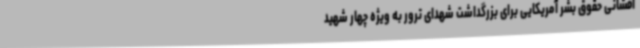
افشانی حقوق بشر آمریکایی برای بزرگداشت شهدای ترور به ویژه چهار شهید